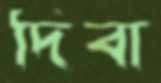
দিবা